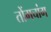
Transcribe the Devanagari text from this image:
तोंगचांग